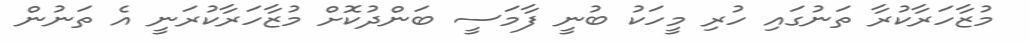
މުޒާހަރާކުރާ ތަނުގައި ހުރި މީހަކު ބުނީ ފާމަސީ ބަންދުކޮށް މުޒާހަރާކުރަނީ އެ ތަނުން